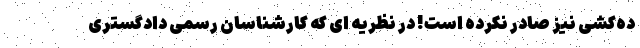
ده‌کشی نیز صادر نکرده است! در نظریه ای که کارشناسان رسمی دادگستری